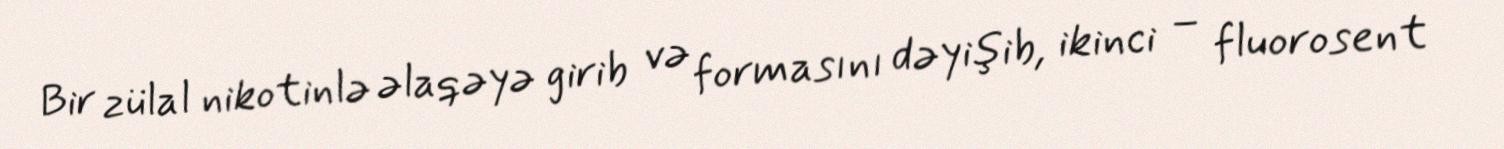
Bir zülal nikotinlə əlaqəyə girib və formasını dəyişib, ikinci – fluorosent